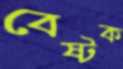
বেষ্টক